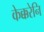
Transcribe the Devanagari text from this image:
केक्करेनि